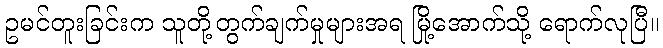
ဥမင်တူးခြင်းက သူတို့တွက်ချက်မှုများအရ မြို့အောက်သို့ ရောက်လုပြီ။